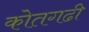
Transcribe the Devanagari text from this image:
कोतगढी